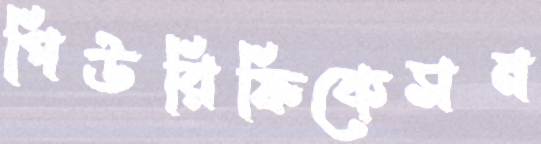
পিউরিফিকেসন